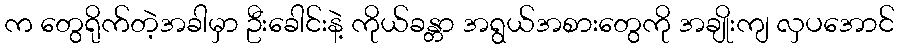
က တွေရိုက်တဲ့အခါမှာ ဦးခေါင်းနဲ့ ကိုယ်ခန္တာ အရွယ်အစားတွေကို အချိုးကျ လှပအောင်